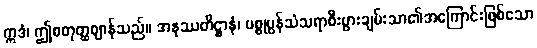
ဣဒံ၊ ဤစတုတ္ထဈာန်သည်။ အနုဿတိဋ္ဌာနံ၊ ပစ္စုပ္ပန်သံသရာစီးပွားချမ်းသာ၏အကြောင်းဖြစ်သော